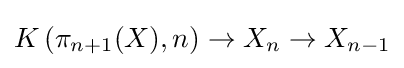
K\left(\pi _{n+1}(X),n\right)\to X_{n}\to X_{n-1}